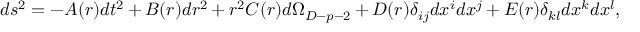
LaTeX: d s ^ { 2 } = - A ( r ) d t ^ { 2 } + B ( r ) d r ^ { 2 } + r ^ { 2 } C ( r ) d \Omega _ { D - p - 2 } + D ( r ) \delta _ { i j } d x ^ { i } d x ^ { j } + E ( r ) \delta _ { k l } d x ^ { k } d x ^ { l } ,